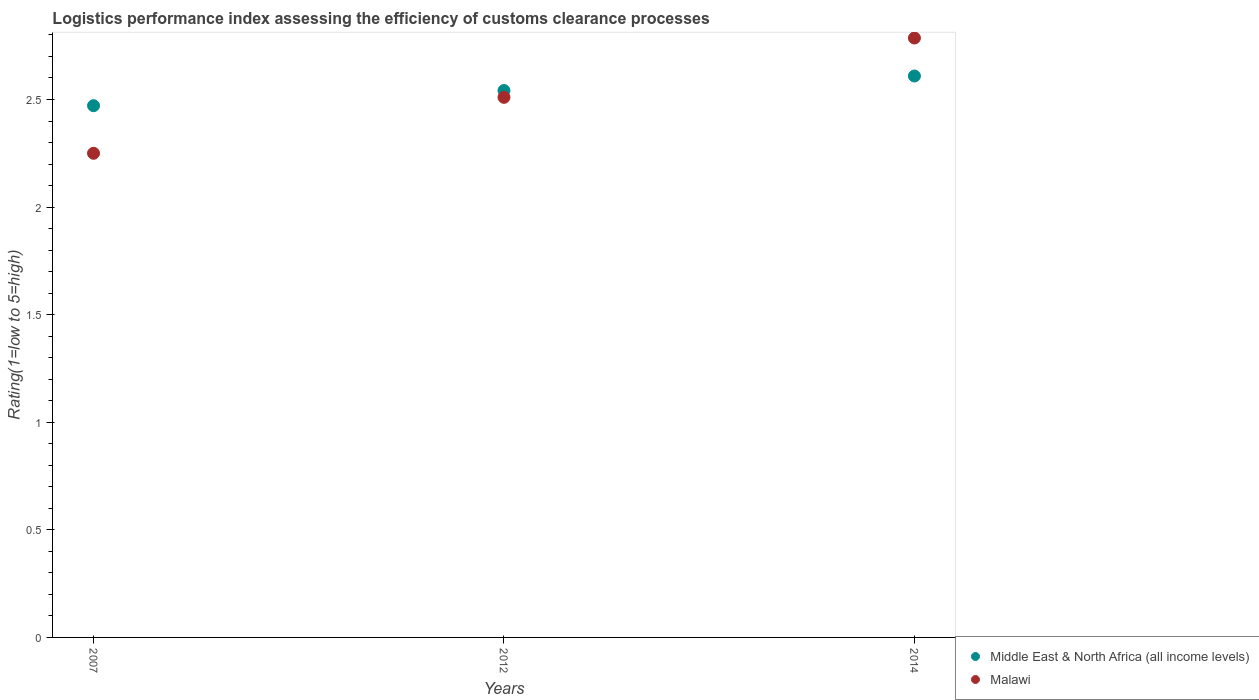
| Years | Middle East & North Africa (all income levels) | Malawi |
 | --- | --- | --- |
 | 2007 | 2.47 | 2.25 |
 | 2012 | 2.54 | 2.51 |
 | 2014 | 2.61 | 2.79 |